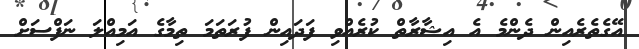
އޭގެތެރެއިން ދެންމެ އެ އިޝާރާތް ކުރެއްވި ފަދައިން ފުރަތަމަ ތިމާގެ އަމިއްލަ ނަފްސަށް